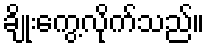
ချိုးကွေ့လိုက်သည်။